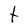
Character: t